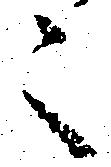
々